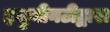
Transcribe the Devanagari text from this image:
इलुमीनटीद्वारा